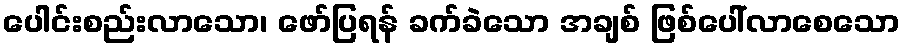
ပေါင်းစည်းလာသော၊ ဖော်ပြရန် ခက်ခဲသော အချစ် ဖြစ်ပေါ်လာစေသော